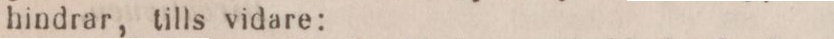
hindrar, tills vidare: